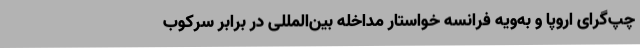
چپ‌گرای اروپا و به‌ویه فرانسه خواستار مداخله بین‌المللی در برابر سرکوب